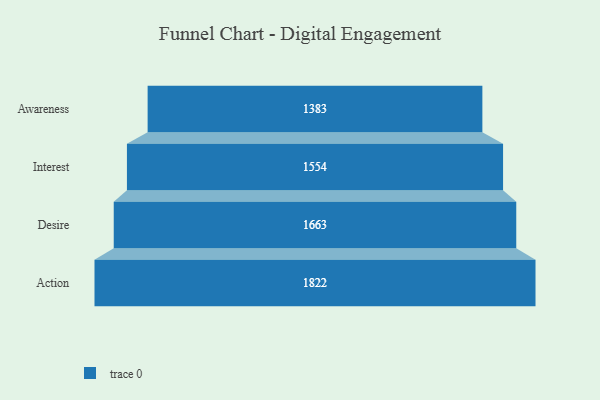
{"axis": {"x": "Stage", "y": "Value"}, "legend": [""], "data": [{"x": "Awareness", "y": 1383.0, "type": ""}, {"x": "Interest", "y": 1554.0, "type": ""}, {"x": "Desire", "y": 1663.0, "type": ""}, {"x": "Action", "y": 1822.0, "type": ""}]}